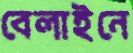
বেলাইনে